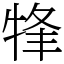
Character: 㸼